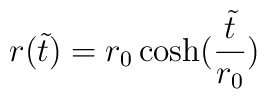
r(\tilde t)=r_0 \cosh (\frac{\tilde t}{r_0})